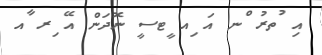
އި ުތރު ްނ އަ ިއ ީޓސީ ނޮދަން އޭ ިރ ާއ